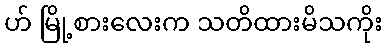
ဟ် မြို့စားလေးက သတိထားမိသကိုး